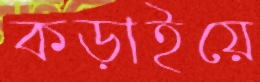
কড়াইয়ে